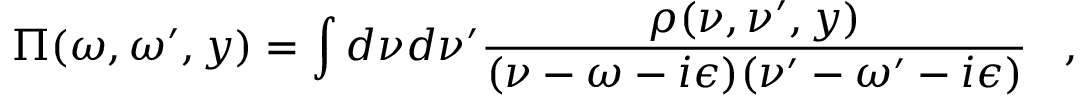
\Pi ( \omega , \omega ^ { \prime } , y ) = \int d \nu d \nu ^ { \prime } { \frac { \rho ( \nu , \nu ^ { \prime } , y ) } { ( \nu - \omega - i \epsilon ) ( \nu ^ { \prime } - \omega ^ { \prime } - i \epsilon ) } } \; \; \; ,